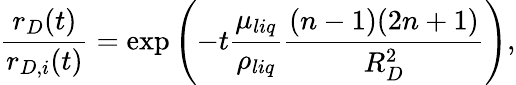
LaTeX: \frac{r_{D}(t)}{r_{D,i}(t)}=\exp\left(-t\frac{\mu_{liq}}{\rho_{liq}}\frac{(n-1)(2n+1)}{R_{D}^{2}}\right),